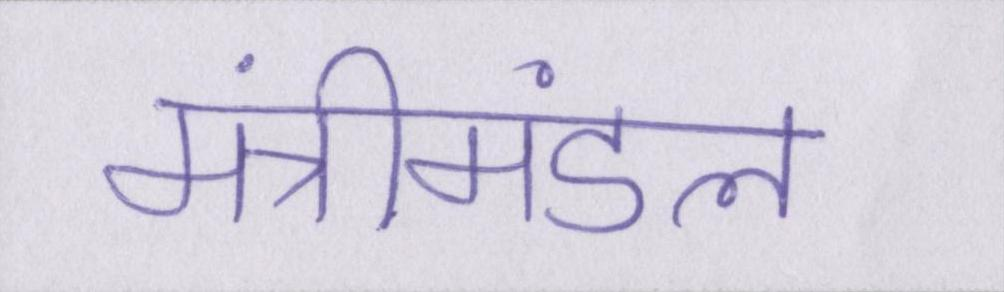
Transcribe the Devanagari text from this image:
मंत्रीमंडल